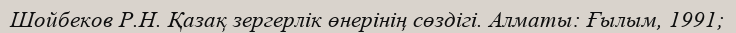
Шойбеков Р.Н. Қазақ зергерлік өнерінің сөздігі. Алматы: Ғылым, 1991;